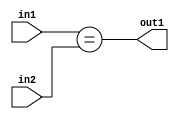
`timescale 1ps / 1ps
/*****************************************************************************
    Verilog RTL Description
    
    
    Created by: Stratus DpOpt 2019.1.01 
*******************************************************************************/

module bn_addr_gen_Equal_16Ux2U_1U_4 (
	in2,
	in1,
	out1
	); /* architecture "behavioural" */ 
input [15:0] in2;
input [1:0] in1;
output  out1;
wire  asc001;

assign asc001 = (in1==in2);

assign out1 = asc001;
endmodule

/* CADENCE  urn2SQA= : u9/ySgnWtBlWxVPRXgAZ4Og= ** DO NOT EDIT THIS LINE ******/